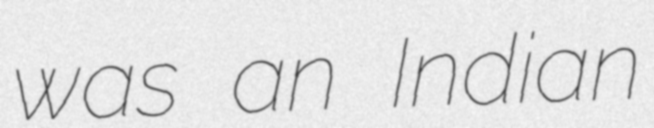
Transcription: was an Indian